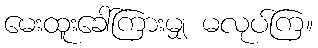
မေးထူးခေါ်ကြားမျှ မလုပ်ကြ။